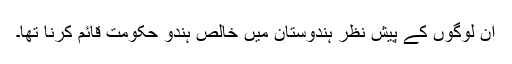
ان لوگوں کے پیش نظر ہندوستان میں خالص ہندو حکومت قائم کرنا تھا۔